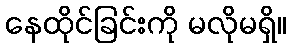
နေထိုင်ခြင်းကို မလိုမရှိ။